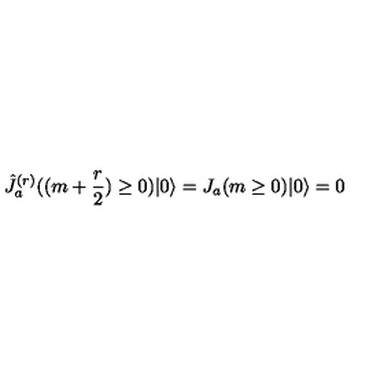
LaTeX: \hat { J } _ { a } ^ { ( r ) } ( ( m + \frac { r } { 2 } ) \geq 0 ) | 0 \rangle = J _ { a } ( m \geq 0 ) | 0 \rangle = 0